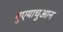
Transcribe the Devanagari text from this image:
युएयाचुआन